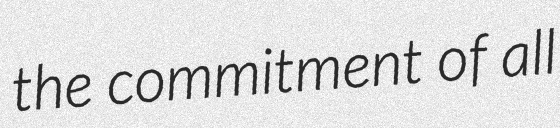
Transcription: the commitment of all